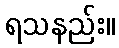
ရသနည်း။